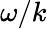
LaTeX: \omega/k